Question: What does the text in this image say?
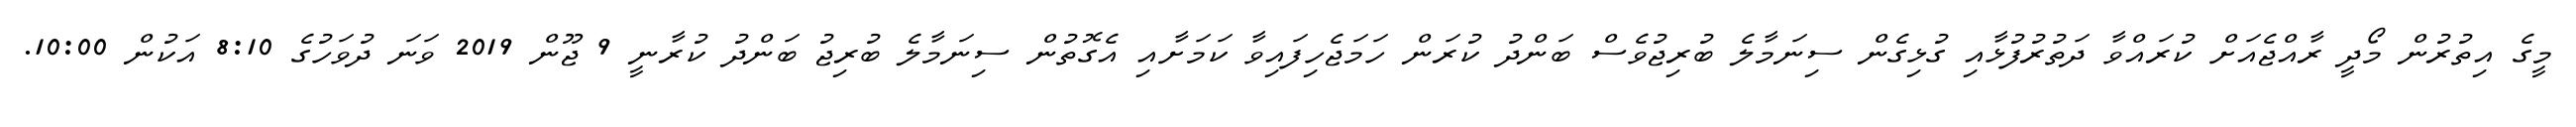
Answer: މީގެ އިތުރުން މޯދީ ރާއްޖެއަށް ކުރައްވާ ދަތުރުފުޅާއި ގުޅިގެން ސިނަމާލެ ބުރިޖުވެސް ބަންދު ކުރަން ހަމަޖެހިފައިވާ ކަމަށާއި އެގޮތުން ސިނަމާލެ ބުރިޖު ބަންދު ކުރާނީ 9 ޖޫން 2019 ވަނަ ދުވަހުގެ 8:10 އަކުން 10:00.